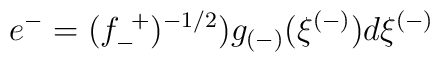
e^- =  (f^{~+}_{-})^{-1/2}) g_{(-)}(\xi^{(-)}) d\xi^{(-)}